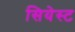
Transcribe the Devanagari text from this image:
सियेस्ट